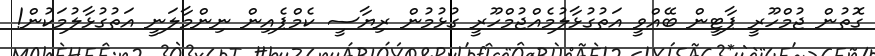
ގޮތުން ޖުމްހޫރީ ޕާޓީން ބޭއްވީ އަތުގުޅާލުމެއްޖުމްހޫރީ ގުޅުމުން ރިޔާސީ ކެމްޕެއިން ނިންމާލަނީ އަތުގުޅާލުމަކުން!